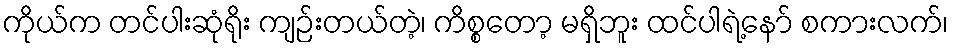
ကိုယ်က တင်ပါးဆုံရိုး ကျဉ်းတယ်တဲ့၊ ကိစ္စတော့ မရှိဘူး ထင်ပါရဲ့နော် စကားလက်၊